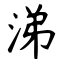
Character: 涕